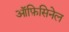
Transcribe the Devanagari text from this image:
ऑफ़िसिनेल